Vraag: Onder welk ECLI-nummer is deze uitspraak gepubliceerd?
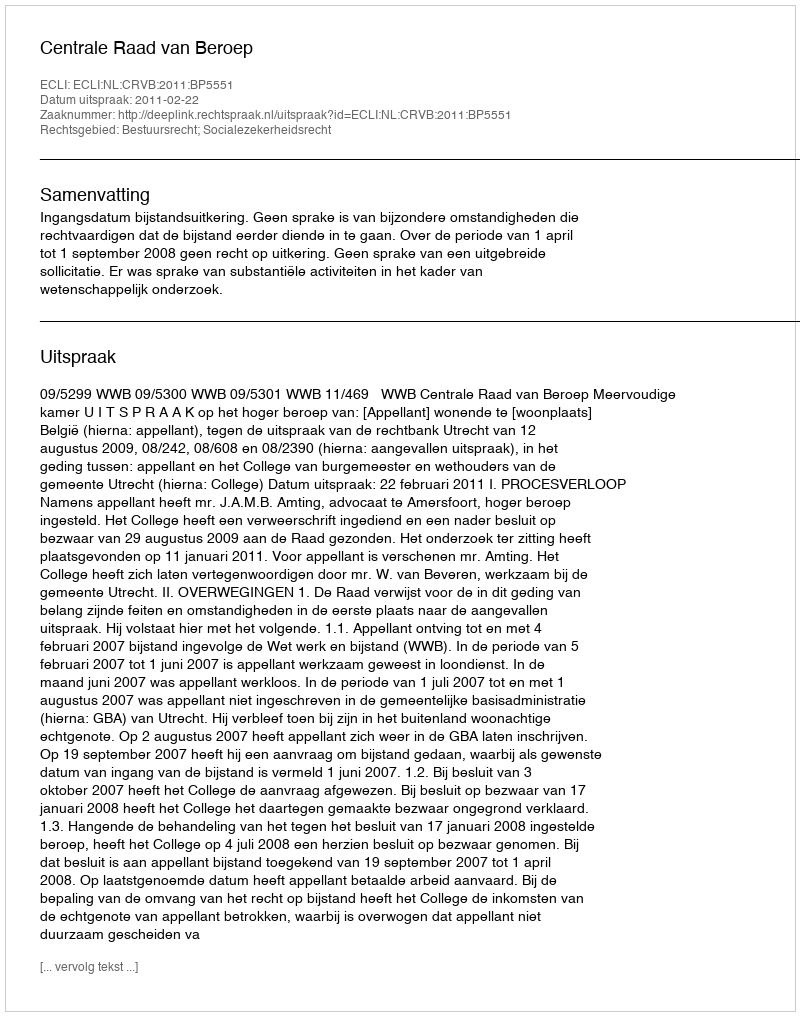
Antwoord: ECLI:NL:CRVB:2011:BP5551